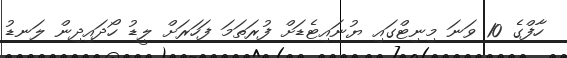
ހާފްގެ 10 ވަނަ މިނިޓްގައި ޔުނައިޓެޑަށް ފުރަތަމަ ފަހަރަށް ލީޑު ހޯދައިދިން ލަނޑު